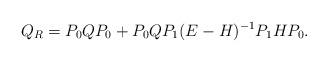
LaTeX: \begin{align*}Q_R=P_0QP_0+P_0QP_1(E-H)^{-1}P_1HP_0.\end{align*}